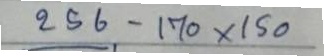
256 - 170 x 150